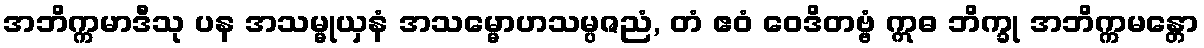
အဘိက္ကမာဒီသု ပန အသမ္မုယှနံ အသမ္မောဟသမ္ပဇညံ, တံ ဧဝံ ဝေဒိတဗ္ဗံ ဣဓ ဘိက္ခု အဘိက္ကမန္တော